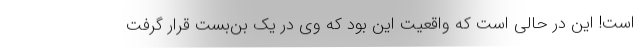
است! این در حالی است که واقعیت این بود که وی در یک بن‌بست قرار گرفت